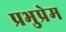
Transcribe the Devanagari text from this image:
प्रभुप्रेम